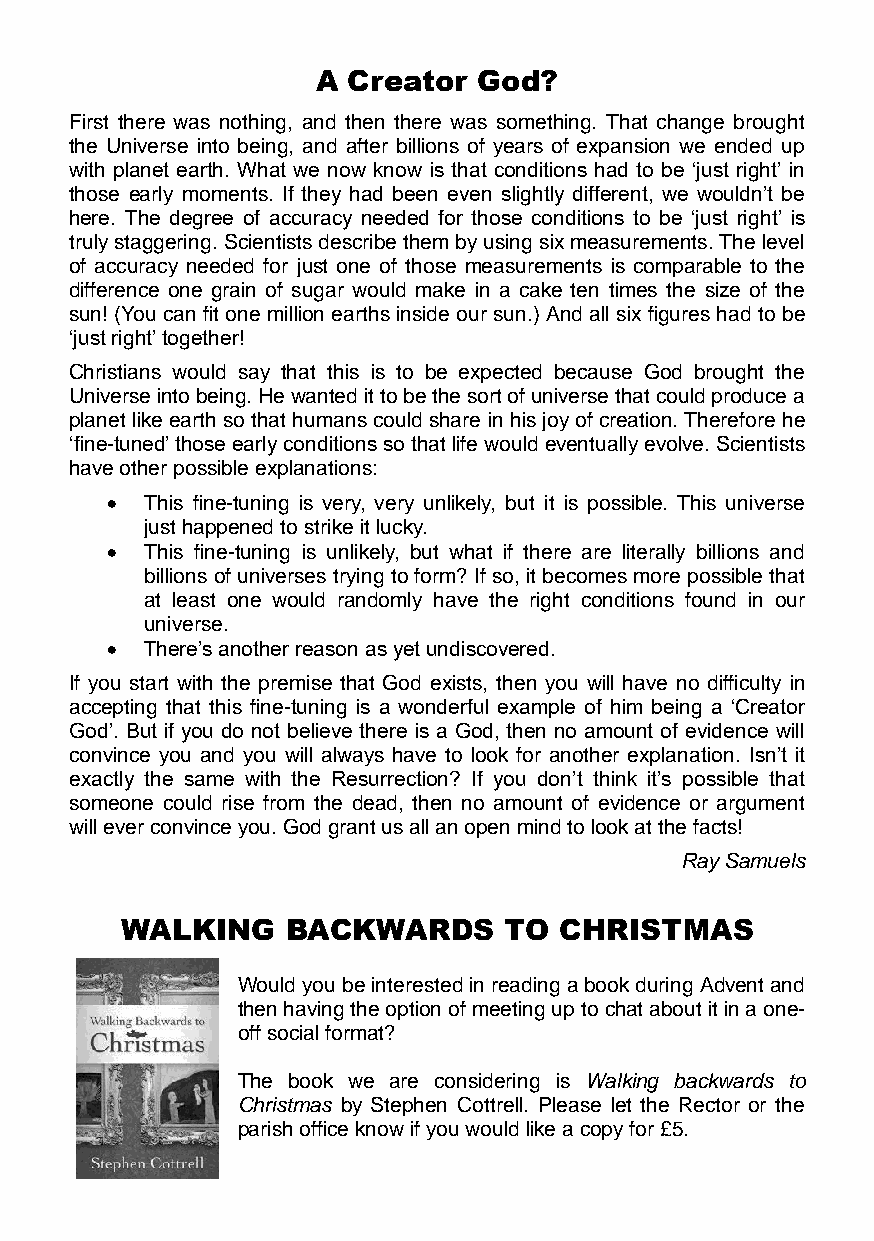
A Creator  God?
 First there was nothing, and then there was something. That change brought
 the Universe into being, and after billions of years of expansion we ended up
 with planet earth. What we now know is that conditions had to be ‘just right’ in
 those early moments. If they had been even slightly different, we wouldn’t be
 here. The degree of accuracy needed for those conditions to be ‘just right’ is
 truly staggering. Scientists describe them by using six measurements. The level
 of accuracy needed for just one of those measurements is comparable to the
 difference one grain of sugar would make in a cake ten times the size of the
 sun! (You can fit one million earths inside our sun.) And all six figures had to be
 ‘just right’ together!
 Christians would say that this is to be expected because God brought the
 Universe into being. He wanted it to be the sort of universe that could produce a
 planet like earth so that humans could share in his joy of creation. Therefore he
 ‘fine-tuned’ those early conditions so that life would eventually evolve. Scientists
 have other possible explanations:
 •  This fine-tuning is very, very unlikely, but it is possible. This universe
 just happened to strike it lucky.
 •  This fine-tuning is unlikely, but what if there are literally billions and
 billions of universes trying to form? If so, it becomes more possible that
 at least one would randomly have the right conditions found in our
 universe.
 •  There’s another reason as yet undiscovered.
 If you start with the premise that God exists, then you will have no difficulty in
 accepting that this fine-tuning is a wonderful example of him being a ‘Creator
 God’. But if you do not believe there is a God, then no amount of evidence will
 convince you and you will always have to look for another explanation. Isn’t it
 exactly the same with the Resurrection? If you don’t think it’s possible that
 someone could rise from the dead, then no amount of evidence or argument
 will ever convince you. God grant us all an open mind to look at the facts!
 Ray Samuels
 WALKING    BACKWARDS     TO  CHRISTMAS
 Would you be interested in reading a book during Advent and
 then having the option of meeting up to chat about it in a one-
 off social format?
 The book we are considering is Walking backwards to
 Christmas by Stephen Cottrell. Please let the Rector or the
 parish office know if you would like a copy for £5.